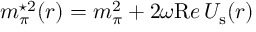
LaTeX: m _ { \pi } ^ { \star 2 } ( r ) = m _ { \pi } ^ { 2 } + 2 \omega { \mathrm R e } \, U _ { \mathrm { s } } ( r )